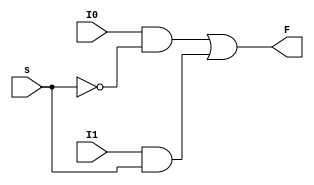
//hazar michael 1201838
module mux_2x1 (I0,I1,s,F);

input I0,I1,s;
output F; 

assign F = (I0&&!s)||(I1&&s);
endmodule